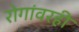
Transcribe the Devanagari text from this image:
रोगांवरही